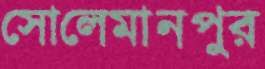
সোলেমানপুর